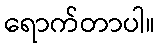
ရောက်တာပါ။